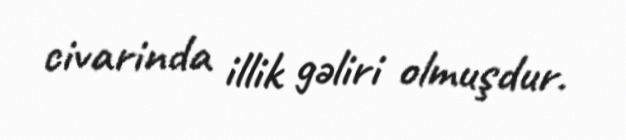
civarinda illik gəliri olmuşdur.